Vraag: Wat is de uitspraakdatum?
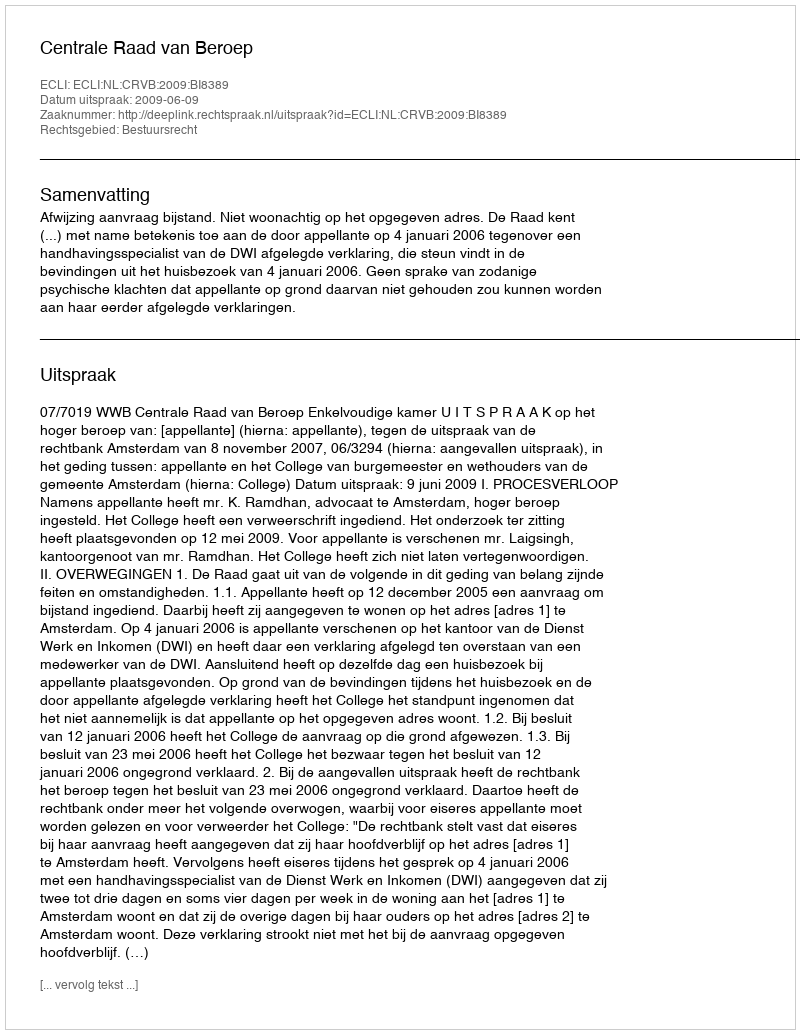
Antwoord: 2009-06-09